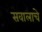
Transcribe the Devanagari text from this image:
सवालाचे